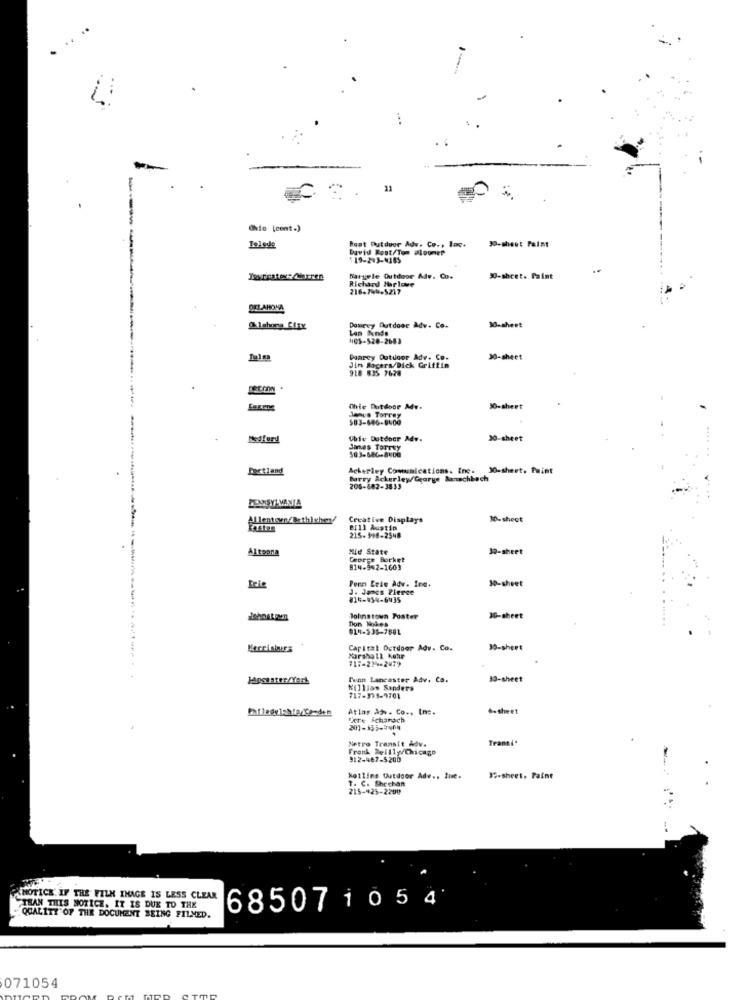
....
11
Ohio [cont.)
Root Putdoor Adv. Co ., lax
Telede
David Rest/Tom aloomer
30-sheet Faist
$19-213-4185
Isssticateve Marren
Nargele Outdoor Adv. Co.
Richard Harlove
X-sheet. Paint
216.745.5217
DELAMONA
30-sheet
Dowrey Outdoor Adv. Co.
Lan Funds
1105-520-2683
Poarcy Outdoor Adr. Co.
30-sheet
Jim Rogers/Dick Griffin
918 835 7628
Chie Dutdoor Mdv.
30-sheet
Janus Torrez
503-606-8400
Medford
Chie Dotdoor Adv.
30-sheet
James Torrey
503-686-8400
Fartiand
Ackerley Communications. Inc. 30-sheet, Paint
Barry Ackerley/George Manchbach
205-682-3833
PENNSYLVANIA
Allentown/Brthishey!
Creative Displays
30-sheet
Bill Austin
215-198-2548
Alteana
Me State
30-sheet
George Borket
814-942-1603
Penn Erie Adv. Ind.
10-sheet
J. Janes Pierce
#15-954-6435
Johnstown Poster
10-sheet
014-235-7881
Capital Outdoor Adv. Co.
30-sheet
Marshall Kohr
717-214-2479
Tunn Lancaster Adv. Co.
13-sheet
Killlas Sanders
717-393-9701
Atlas Ajv. Co ., Inc.
6.sheet
Dere Scharach
Metro Transit hdv.
Transi'
Frank Reilly/Chicago
312-467-5200
kollins Outdoor Adv .. tue.
T. C. Shechan
32-sheet, Paint
215-425-2200
NOTICE' IF THE FILM INAGE IS LESS CLEAR
THAN THIS NOTICE. IT IS DUE TO THE
68507 1054
QUALITY OF THE DOCUMENT BEING FILMED.
071054